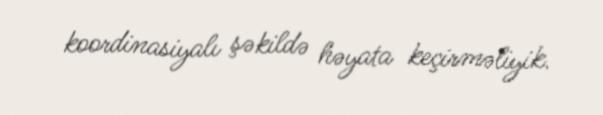
koordinasiyalı şəkildə həyata keçirməliyik.